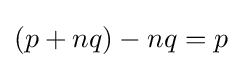
(p+nq)-nq=p